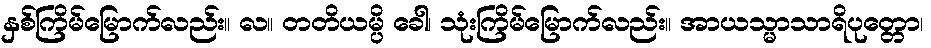
နှစ်ကြိမ်မြောက်လည်း။ လ။ တတိယမ္ပိ ခေါ၊ သုံးကြိမ်မြောက်လည်း။ အာယသ္မာသာရိပုတ္တော၊